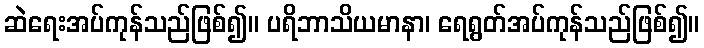
ဆဲရေးအပ်ကုန်သည်ဖြစ်၍။ ပရိဘာသိယမာနာ၊ ရေရွတ်အပ်ကုန်သည်ဖြစ်၍။